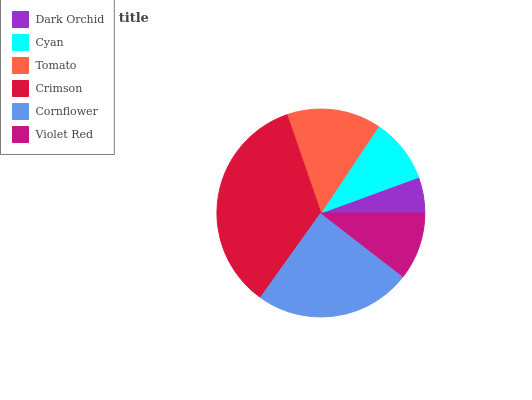
| Dark Orchid | Cyan | Tomato | Crimson | Cornflower | Violet Red |
 | --- | --- | --- | --- | --- | --- |
 | 5.57% | 10.1% | 14.6% | 34.9% | 24.4% | 10.5% |